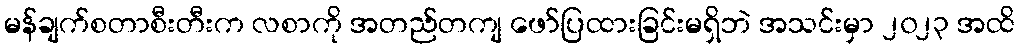
မန်ချက်စတာစီးတီးက လစာကို အတည်တကျ ဖော်ပြထားခြင်းမရှိဘဲ အသင်းမှာ ၂၀၂၃ အထိ